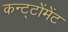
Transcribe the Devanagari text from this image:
कन्ट्टोंमेंट